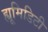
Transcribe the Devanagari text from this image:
ह्यूमिडिटी